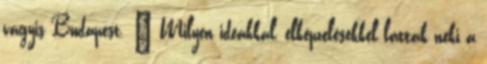
vagyis Budapest. – Milyen ideákkal, elképzelésekkel láttak neki a